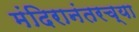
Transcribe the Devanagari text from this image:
मंदिरानंतरच्या